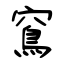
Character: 窵